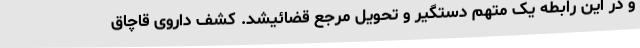
و در این رابطه یک متهم دستگیر و تحویل مرجع قضائیشد. کشف داروی قاچاق